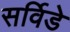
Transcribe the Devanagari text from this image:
सर्विडे